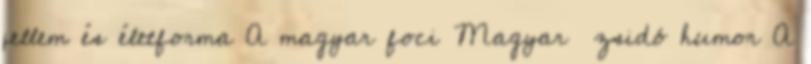
jellem és életforma A magyar foci Magyar zsidó humor A